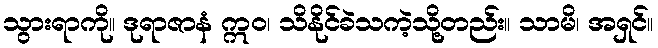
သွားရာကို။ ဒုရာဇာနံ ဣဝ၊ သိနိုင်ခဲသကဲ့သို့တည်း။ သာမိ၊ အရှင်။